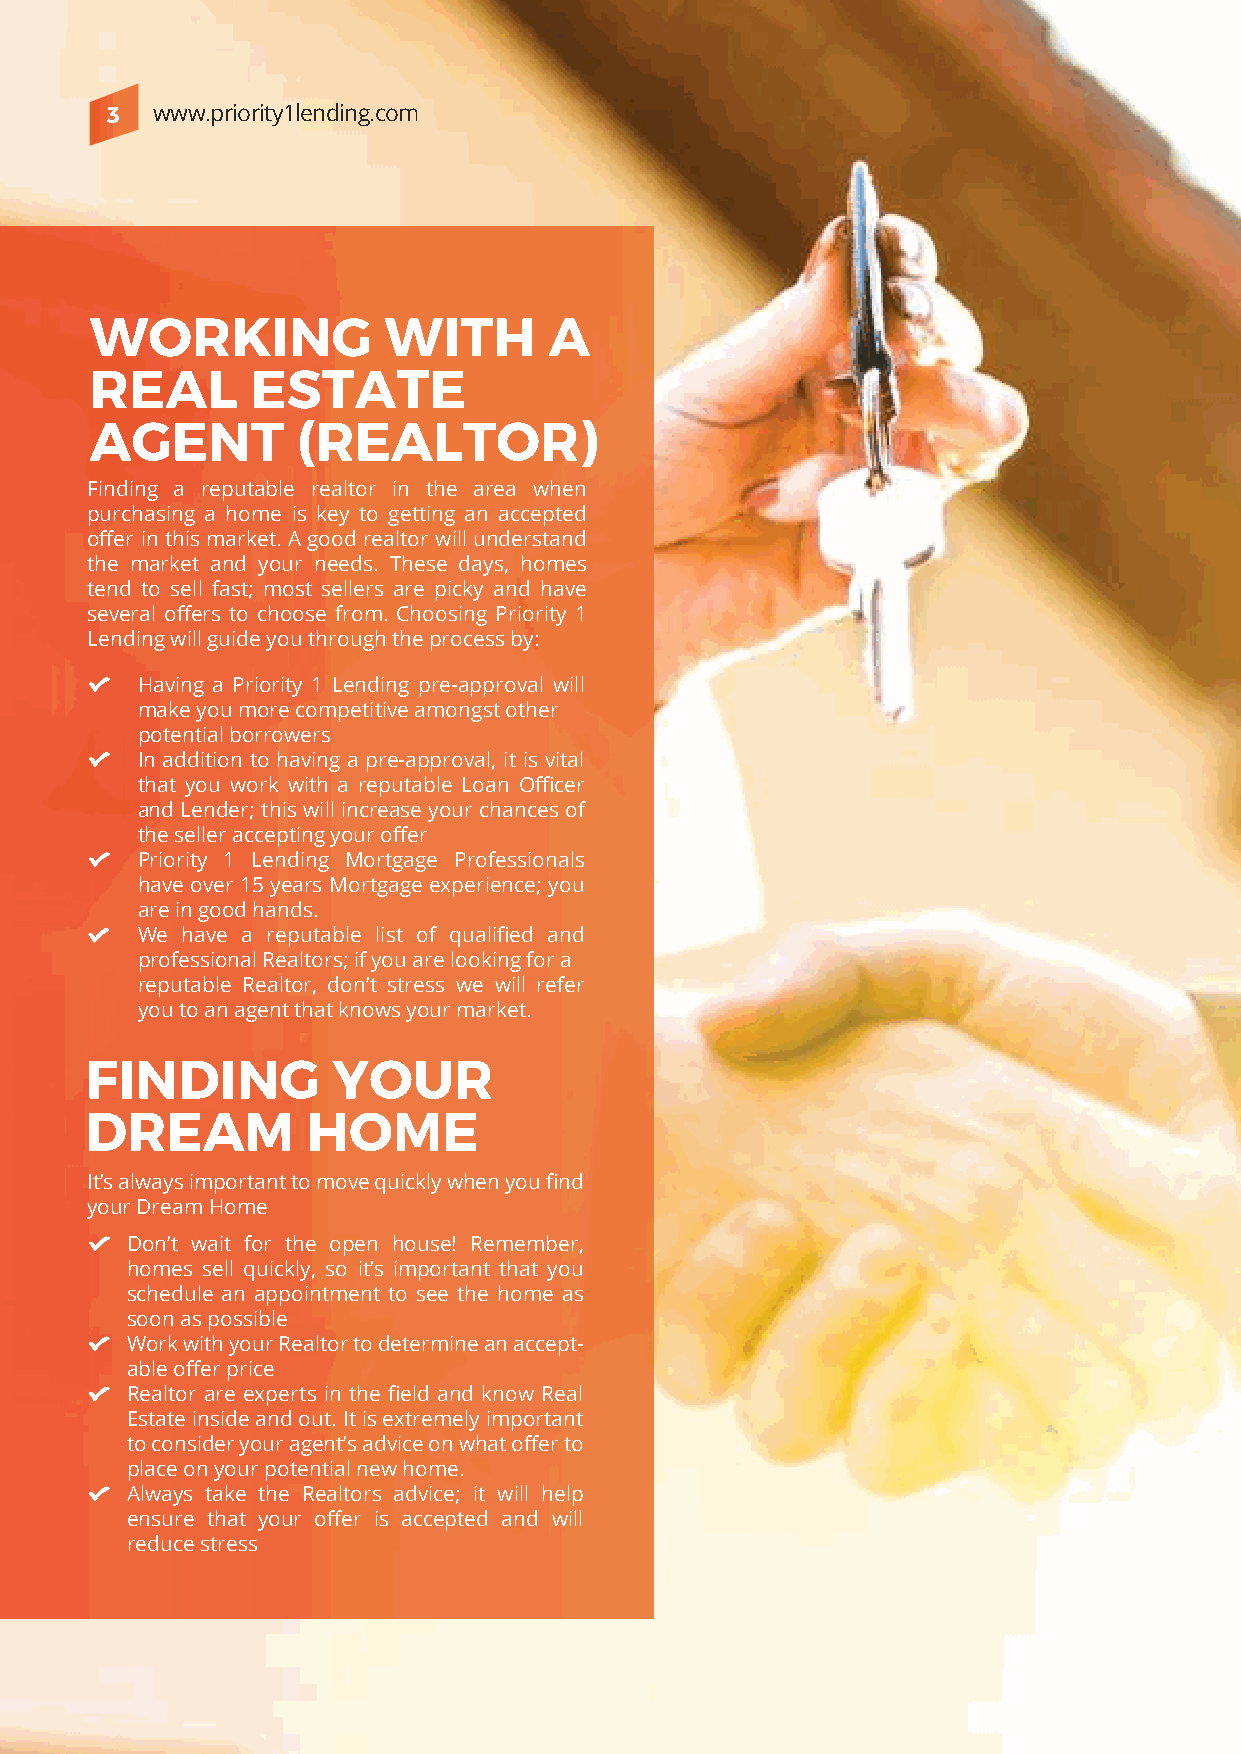
3  www.priority1lending.com
 WORKING            WITH       A
 REAL       ESTATE
 AGENT         (REALTOR)
 Finding a reputable realtor in the area when
 purchasing a home is key to getting an accepted
 offer in this market. A good realtor will understand
 the market and your needs. These days, homes
 tend to sell fast; most sellers are picky and have
 several offers to choose from. Choosing Priority 1
 Lending will guide you through the process by:
 Having a Priority 1 Lending pre-approval will
 make you more competitive amongst other
 potential borrowers
 In addition to having a pre-approval, it is vital
 that you work with a reputable Loan Officer
 and Lender; this will increase your chances of
 the seller accepting your offer
 Priority 1 Lending Mortgage Professionals
 have over 15 years Mortgage experience; you
 are in good hands.
 We have a reputable list of qualified and
 professional Realtors; if you are looking for a
 reputable Realtor, don’t stress we will refer
 you to an agent that knows your market.
 FINDING         YOUR
 DREAM         HOME
 It’s always important to move quickly when you find
 your Dream Home
 Don’t wait for the open house! Remember,
 homes sell quickly, so it’s important that you
 schedule an appointment to see the home as
 soon as possible
 Work with your Realtor to determine an accept-
 able offer price
 Realtor are experts in the field and know Real
 Estate inside and out. It is extremely important
 to consider your agent’s advice on what offer to
 place on your potential new home.
 Always take the Realtors advice; it will help
 ensure that your offer is accepted and will
 reduce stress